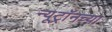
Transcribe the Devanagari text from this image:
न्यूट्रॉनच्या